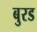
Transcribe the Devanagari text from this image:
बुरड